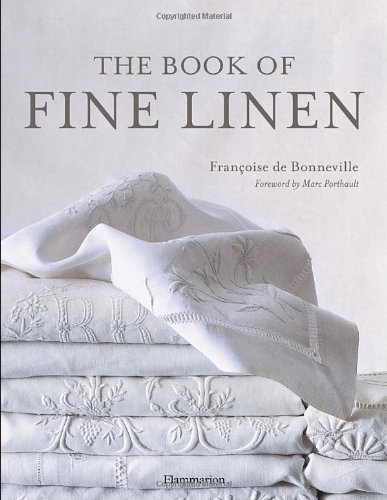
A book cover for The Book of Fine Linen; Francoise De Bonneville; Crafts, Hobbies & Home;